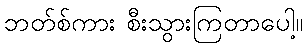
ဘတ်စ်ကား စီးသွားကြတာပေါ့။